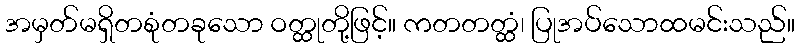
အမှတ်မရှိတစုံတခုသော ဝတ္ထုတို့ဖြင့်။ ကတတတ္ထံ၊ ပြုအပ်သောထမင်းသည်။